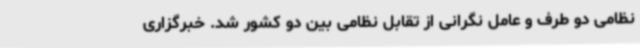
نظامی دو طرف و عامل نگرانی از تقابل نظامی بین دو کشور شد. خبرگزاری